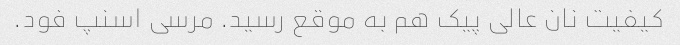
کیفیت نان عالی پیک هم به موقع رسید. مرسی اسنپ فود.